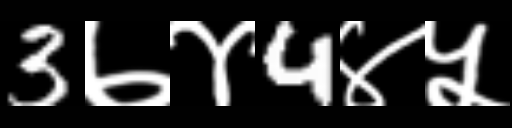
Text: 3७४4४५